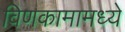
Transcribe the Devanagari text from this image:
विणकामामध्ये